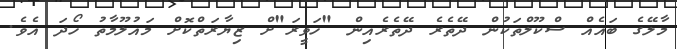
މާލޭގެ ބައެއް ސްކޫލްތަކުން ދޭތެރެ ދޭތެރެއިން "ހަވީރަ"ށް ޒިޔާރަތްކޮށް މައުލޫމާތު ހޯދަ އެވެ.